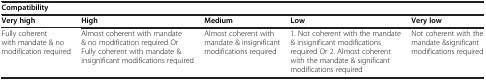
<table><thead><tr><td colspan="5"><b>Compatibility</b></td></tr><tr><td><b>Very high</b></td><td><b>High</b></td><td><b>Medium</b></td><td><b>Low</b></td><td><b>Very low</b></td></tr></thead><tbody><tr><td>Fully coherent with mandate &amp; no modification required</td><td>Almost coherent with mandate &amp; no modification required Or Fully coherent with mandate &amp; insignificant modifications required</td><td>Almost coherent with mandate &amp; insignificant modifications required</td><td>1. Not coherent with the mandate &amp; insignificant modifications required Or 2. Almost coherent with the mandate &amp; significant modifications required</td><td>Not coherent with the mandate &amp;significant modifications required</td></tr></tbody></table>